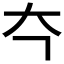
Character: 𪥁